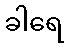
ခါရေ